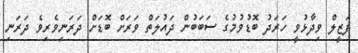
ފަޒީލް ވިދާޅުވީ ހަރަދު ބޮޑުވުމުގެ ސަބަބުން ދައުލަތް ވަރަށް ބޮޑަށް ދަރަނިވެރިވެ ދަރަނި